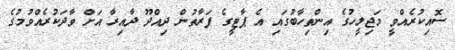
ސޮއިކުރެއްވީ މަޖިލީހުގެ އިންތިހާބުގައި އެ ޕާޓީގެ ފަރާތުން ދިއްދޫ ދާއިރާ އަށް ވާދަކުރެއްވުމުގެ